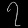
Digit: ၇